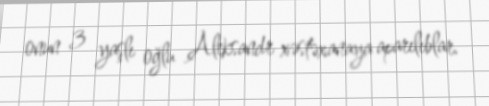
onun 3 yaşlı oğlu Aleksandr xəstəxanaya aparılıblar.